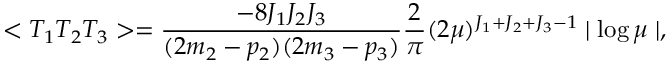
< T _ { 1 } T _ { 2 } T _ { 3 } > = \frac { - 8 J _ { 1 } J _ { 2 } J _ { 3 } } { ( 2 m _ { 2 } - p _ { 2 } ) ( 2 m _ { 3 } - p _ { 3 } ) } \frac { 2 } { \pi } ( 2 \mu ) ^ { J _ { 1 } + J _ { 2 } + J _ { 3 } - 1 } \mid \log \mu \mid ,